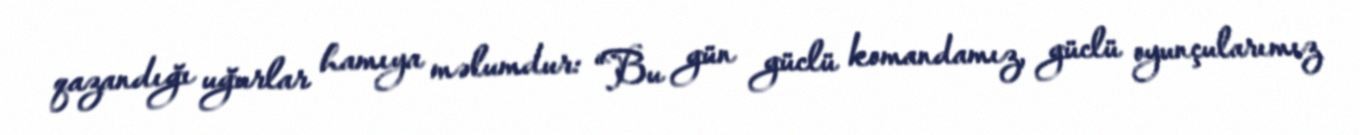
qazandığı uğurlar hamıya məlumdur: “Bu gün güclü komandamız, güclü oyunçularımız